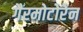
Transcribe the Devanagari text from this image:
गैरमोटोरेन